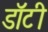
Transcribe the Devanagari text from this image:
डॉटी